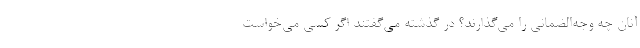
آنان چه وجه‌الضمانی را می‌گذارند؟ در گذشته می‌گفتند اگر کسی می‌خواست